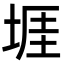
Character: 堐